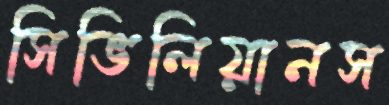
সিভিলিয়ানস